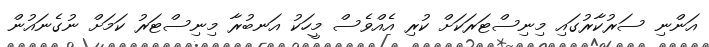
އަންނި ސަރުކާރުގައި މިނިސްޓަރަކަށް ކުރި އެއްވެސް މީހަކު އަނބުރާ މިނިސްޓަރު ކަމަށް ނުގެނައުން